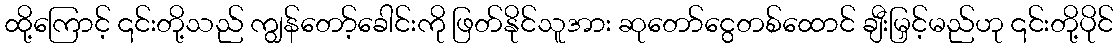
ထို့ကြောင့် ၎င်းတို့သည် ကျွန်တော့်ခေါင်းကို ဖြတ်နိုင်သူအား ဆုတော်ငွေတစ်ထောင် ချီးမြှင့်မည်ဟု ၎င်းတို့ပိုင်